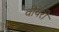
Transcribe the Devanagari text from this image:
वीयरी